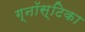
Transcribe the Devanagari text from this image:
ग्नॉस्टिका